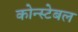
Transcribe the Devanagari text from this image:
कोन्स्टेबल